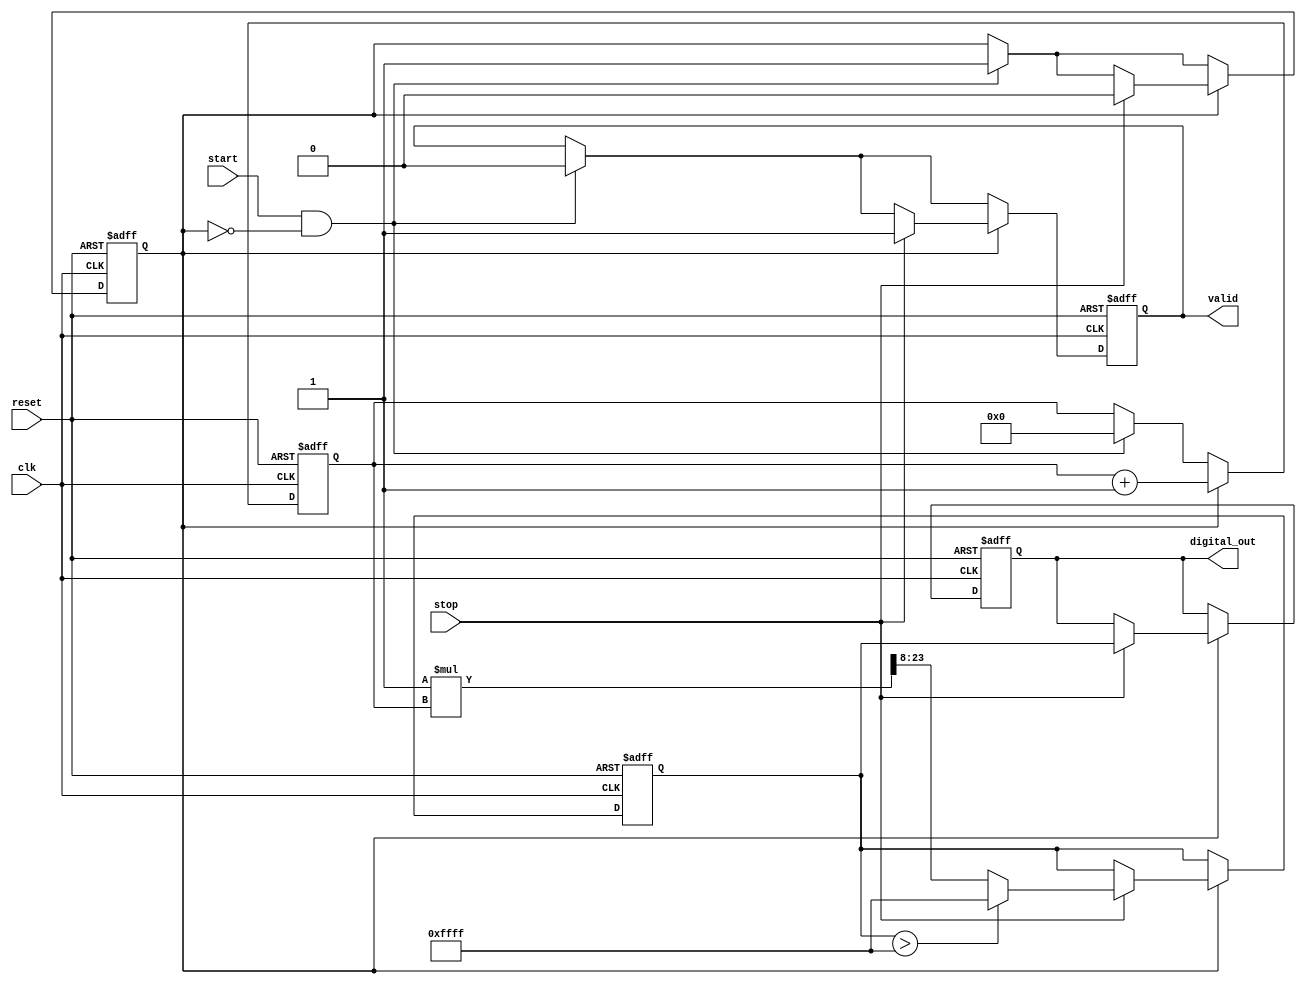
module TDC (
    input wire clk,               // High-frequency clock
    input wire start,             // Start signal (rising edge)
    input wire stop,              // Stop signal (falling edge)
    input wire reset,             // Reset signal
    output reg [15:0] digital_out, // Digital output from ADC
    output reg valid              // Output valid signal
);

// Parameters
parameter ADC_RESOLUTION = 16; // ADC resolution in bits
parameter MAX_VALUE = (1 << ADC_RESOLUTION) - 1; // Max value for ADC
parameter CURRENT_SOURCE = 1; // Constant current source (for simulation)

// Internal signals
reg [15:0] capacitor_voltage; // Voltage across the capacitor (simulated)
reg measuring;                // Measurement state
reg [31:0] time_counter;      // Time counter for charging duration

// State Machine
always @(posedge clk or posedge reset) begin
    if (reset) begin
        measuring <= 0;
        capacitor_voltage <= 0;
        time_counter <= 0;
        digital_out <= 0;
        valid <= 0;
    end else begin
        if (start && !measuring) begin
            // Start charging the capacitor
            measuring <= 1;
            time_counter <= 0; // Reset time counter
            valid <= 0;        // Reset valid signal
        end
        
        if (measuring) begin
            // Charge capacitor based on time interval
            time_counter <= time_counter + 1;

            if (stop) begin
                // Stop charging capacitor
                measuring <= 0;
                // Convert time to voltage (simplified model)
                capacitor_voltage <= (CURRENT_SOURCE * time_counter) >> 8; // Scaling for ADC
                if (capacitor_voltage > MAX_VALUE) begin
                    capacitor_voltage <= MAX_VALUE; // Clamp to max value
                end
                // Simulate ADC conversion
                digital_out <= capacitor_voltage;
                valid <= 1; // Indicate valid output
            end
        end
    end
end

endmodule